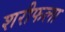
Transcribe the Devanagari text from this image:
शरीफला